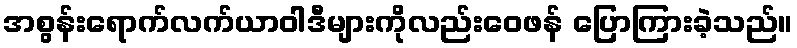
အစွန်းရောက်လက်ယာဝါဒီများကိုလည်းဝေဖန် ပြောကြားခဲ့သည်။